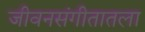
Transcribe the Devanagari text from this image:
जीवनसंगीतातला